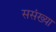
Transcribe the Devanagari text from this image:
ससंख्या